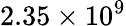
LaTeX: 2.35\times 10^{9}